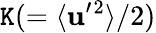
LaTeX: \mathtt{K}(=\langle{{\textbf{{u}}}^{\prime}{}^{2}}\rangle/2)